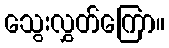
သွေးလွှတ်ကြော။